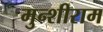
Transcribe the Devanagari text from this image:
मुन्शीराम